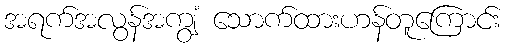
အရက်အလွန်အကျွံ သောက်ထားဟန်တူကြောင်း